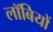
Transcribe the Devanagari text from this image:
लॉबियों